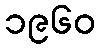
၁၉၆၀